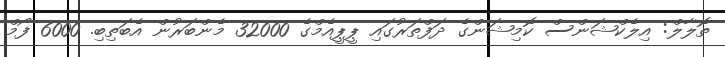
ތޮލާލް: އިލެކްޝަންސް ކޮމިޝަންގެ ދަފްތަރުގައި ޕީޕީއެމްގެ 32000 މެންބަރުން އެބަތިބި. 6000 ފޯމް